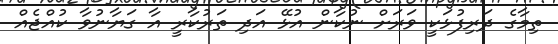
ތިމާގެ ދަރިފުޅަކީ ވަރަށް ނުކާން އުޅޭ އަދި ތަރުކާރީ އާ ގަޔާނުވާ ކުއްޖެއް